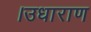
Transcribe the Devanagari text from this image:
।उधाराण